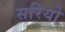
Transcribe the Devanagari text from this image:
सरियो